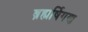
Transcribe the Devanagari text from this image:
ब्रह्मर्षिगण